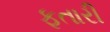
ફતારી